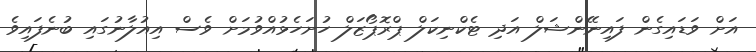
އަށް ވަޑައިގެން ފައިނޭންޝަލް އަދި ޓެކްނިކަލް ޕްރޮޕޯޒަލް ހުށަހެޅުއްވުމަށް ވެސް އިއުލާނުގައި ބުނެފައިވެ